Annual report of the Punjab Veterinary College and of the Civil Veterinary Department, Punjab - 1920-1925
Year: 1920
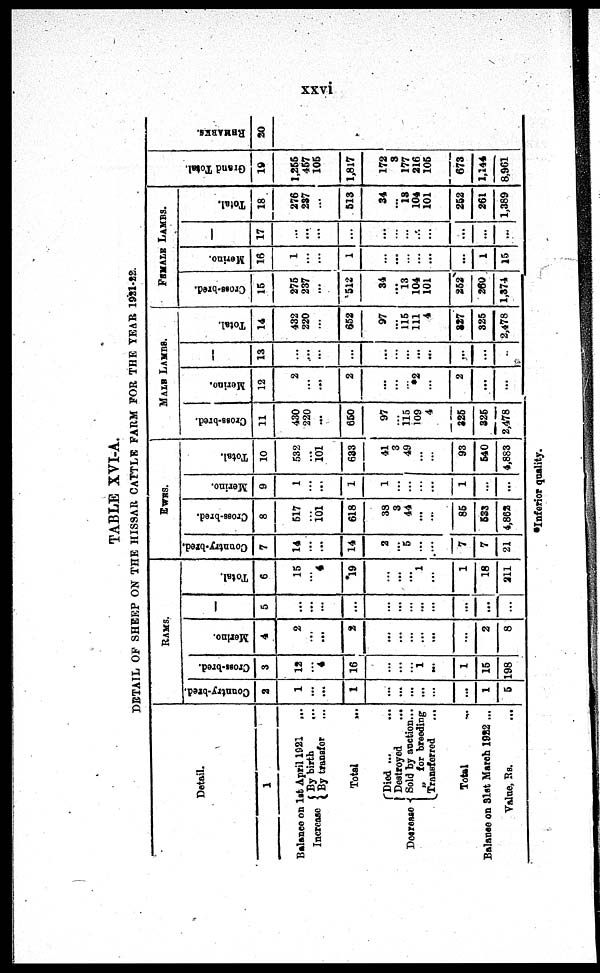
xxvi
TABLE XVI-A.
DETAIL OF SHEEP O N THE HISSAR CATTLE FARM FOR THE YEAR 1921-22.
Detail.
1
Balance on 1st April 1921 ...
Increase By {
By birth ...
By transfer ...
Total ...
Decrease {
Di ed ... ...
Dest royed ...
Sol d by auction ...
„ for breeding
Transferred ...
Total ...
Balance on 31st March 1922 ...
Value, Rs. ...
RAMS.
Country-bred.
2
1
...
...
1
...
...
...
...
...
...
1
5
Cross-bred.
3
13
...
4
16
...
...
...
1
...
1
15
198
Merino.
4
2
...
...
2
...
...
...
...
...
...
2
8
l
5
...
...
...
...
...
...
...
...
...
...
...
...
Total.
6
15
...
4
19
...
...
...
1
...
1
18
211
EWRS.
Country-bred.
7
14
...
...
14
2
...
5
...
...
7
7
21
Cross-bred.
8
517
...
101
618
33
3
44
...
...
85
533
4, 862
Merino.
9
1
...
...
1
1
...
...
...
...
1
...
...
Total.
10
532
...
101
633
41
3
49
...
...
93
540
4, 883
MALE LAMBS.
Cross-bred.
11
430
220
...
650
97
...
115
109
4
325
325
2, 478
Merino.
12
2
...
...
2
...
...
... 2
...
2
...
...
l
13
...
....
...
...
...
...
...
...
...
...
...
...
Total.
14
432
220
...
652
97
...
115
111
4
337
325
2, 478
FEMALE LAMBS.
Cross-bred.
15
275
237
...
512
34
...
13
104
101
252
260
1,374
Merino.
16
1
...
...
1
...
...
...
...
...
...
1
15
l
17
...
...
...
...
...
...
...
...
...
...
...
...
Total.
18
276
237
...
513
34
...
13
104
101
252
261
1, 389
Gr a n d Tot al .
19
1, 255
457
105
1, 817
172
3
177
216
105
673
1, 144
8, 961
R E MAR KS .
20
*Inferior quality.